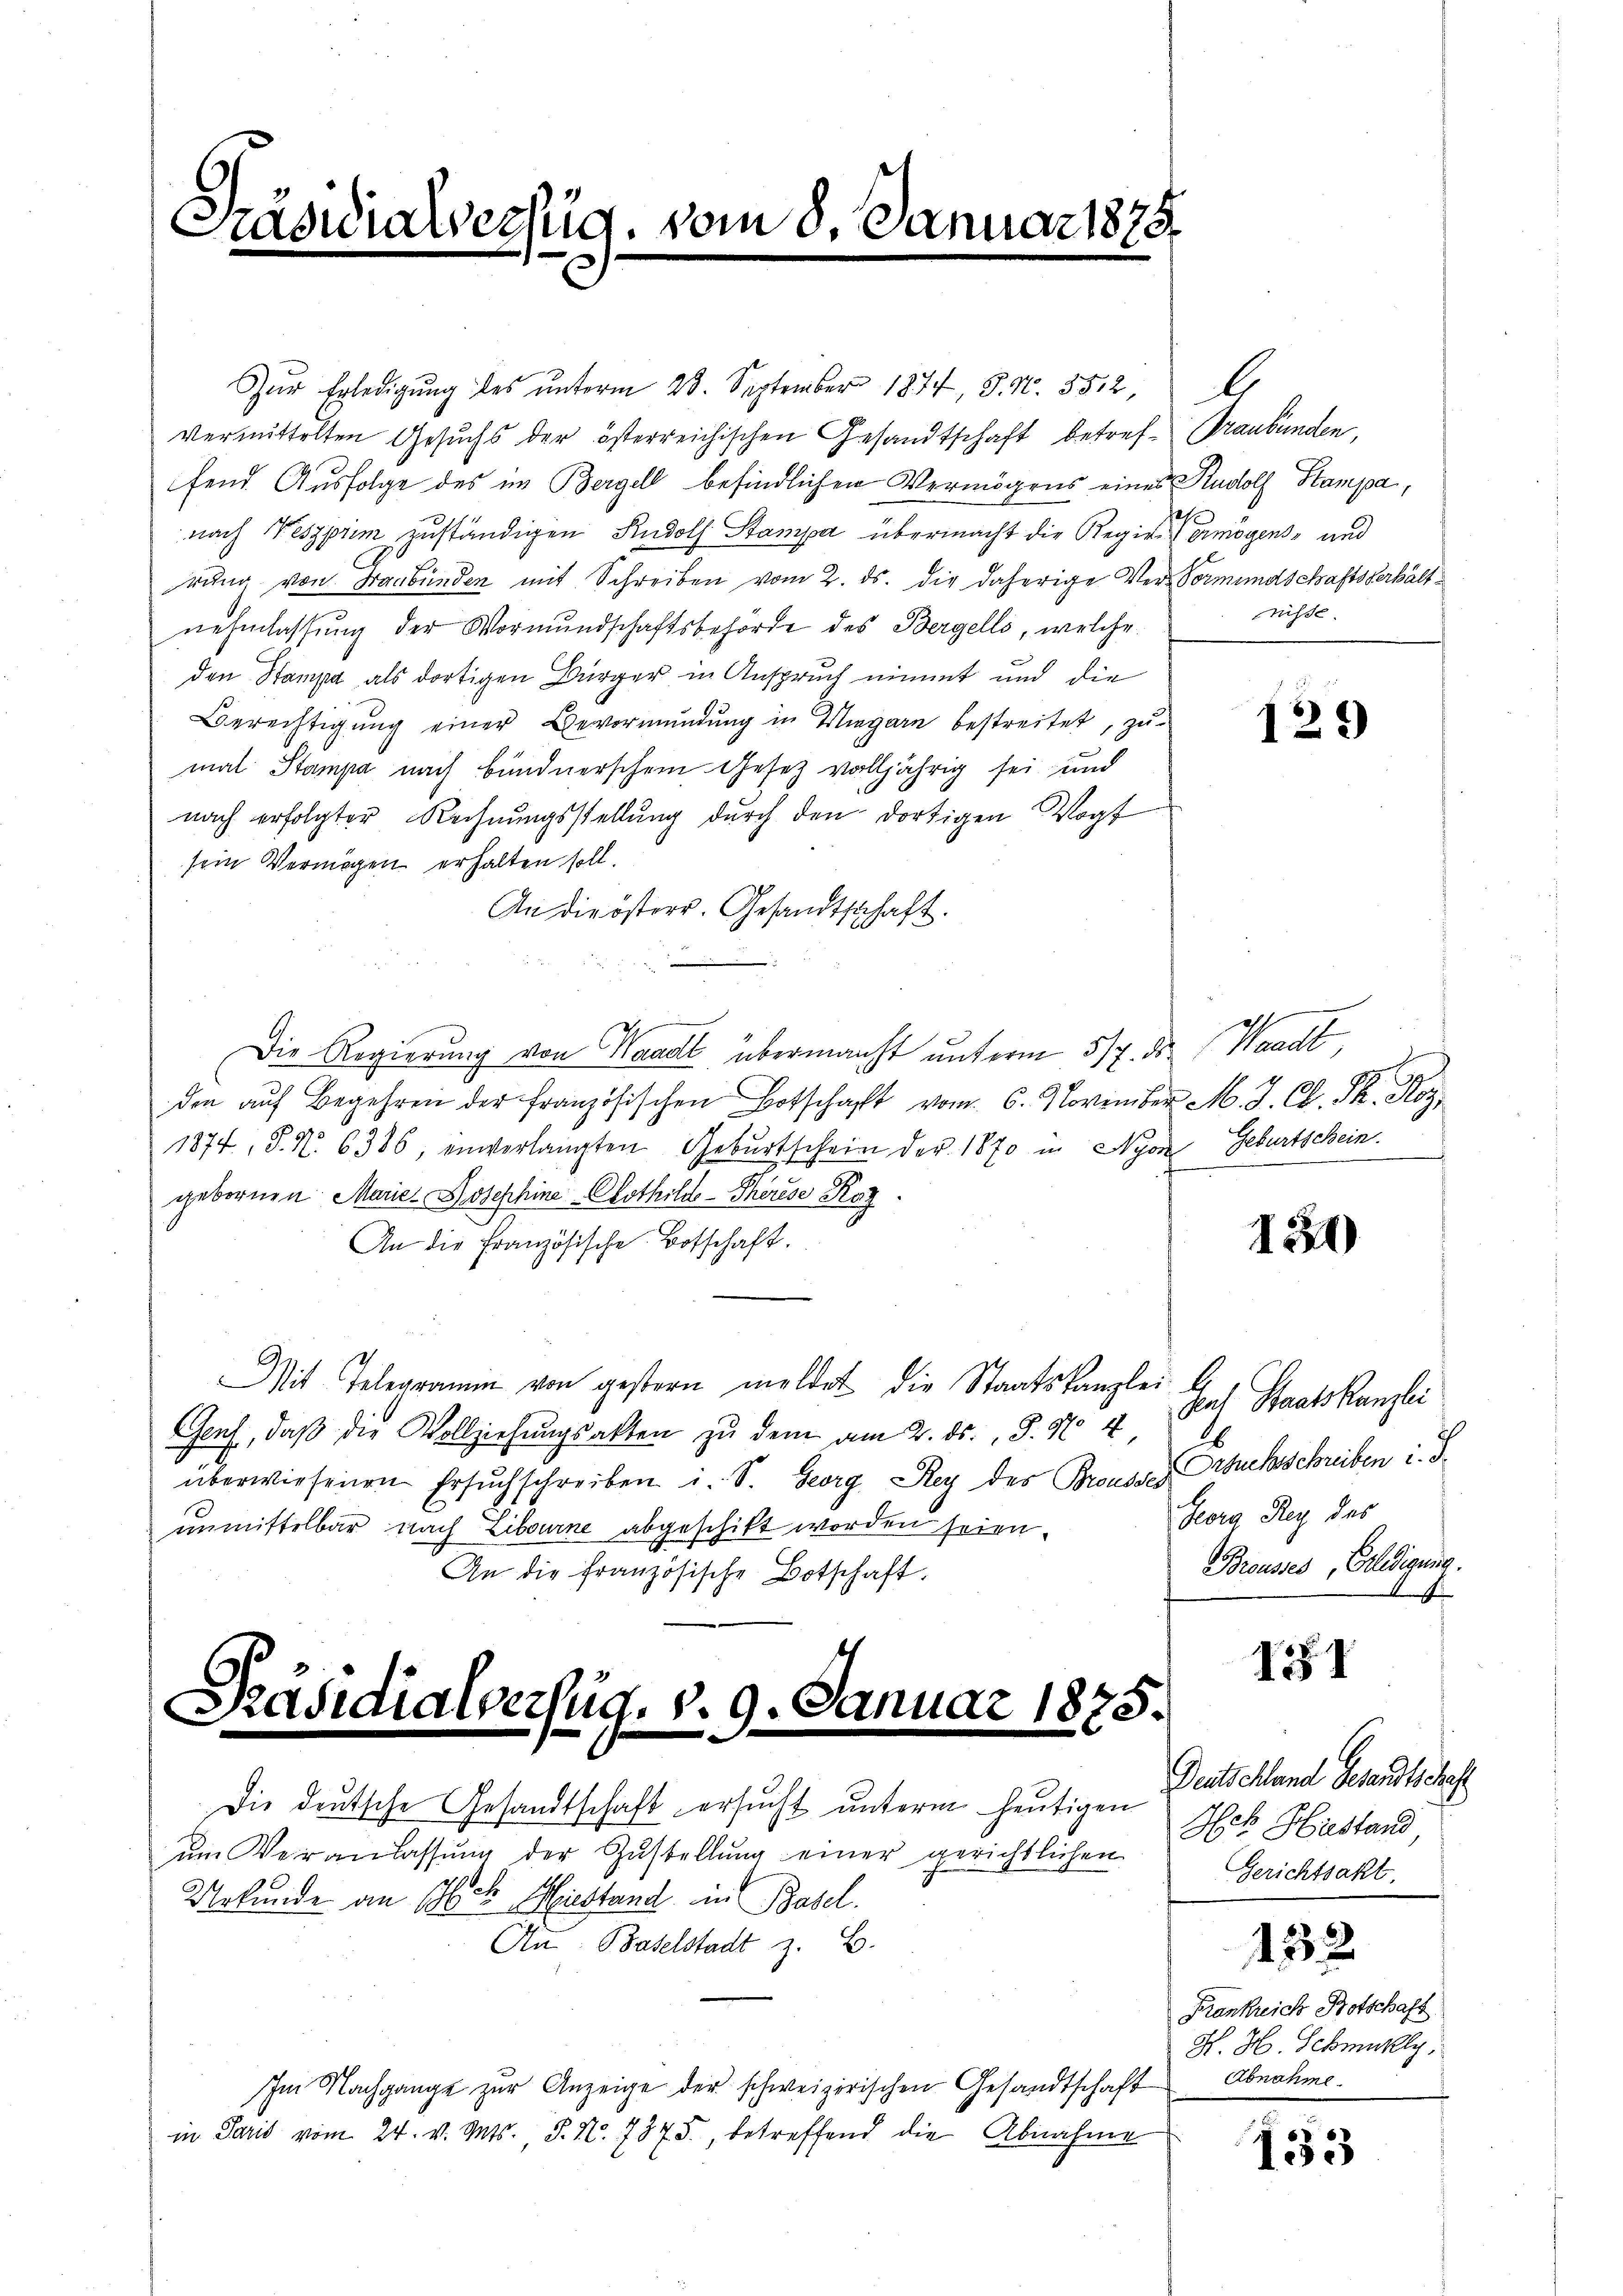
Präsidialverfüg, vom 8. Januar 1878

ŭr Erledigŭng des ŭnterm 23. September 1874, S. Nr. 352,
vermittelten Gesuchs der österreichischen Gesandtschaft betref- Graubünden,
fend Ausfolge des im Bergell befindlichen Vermögens eines Rudolf Stampa,
nach Neszpiem zuständigen Rudolf Stampa übermacht die Regieren mögens- und
rung von Graubünden mit Schreiben vom 2. ds. die daherige Ver-Vormundschaftsverhält
nehmlassung der Vormundschaftsbehörde des Bergello, welche
den Stampe als dortigen Bürger in Anspruch nimmt und die
Berechtigung einer Bevormundung in Wigarn bestreitet, zumal Stampa nach Bündnerschem Gesetz volljährig sei und
nach erfolgter Rechnungsstellung durch den dortigen Vogt
sein Vermögen erhalten soll.
An die österr. Gesandtschaft.
Die Regierung von Waadt übermacht unterm 5/7. ds. Waadt
      ..  .. ..
1874, S. Nr. 6386, einverlangten Gebŭrtschein der 1870 in Nyon Geburtschein.
gebornen Marie- Josephine-Cothchs - Therese Koz
An die Französische Botschaft.
Mit Telegramin von gestern meldet die Staatskanzlei b
Genf, daβ die Vollziehŭngsakten zŭ dem am 2. ds., S. 970 u. das Staatskanzlei
überwiesenen Ersuchschreiben i. S. Georg Rey des Brousses Ersuchsschreiben i. S.
unmittelbar nach Zibourne abgeschikt worden seien.
An die französische Botschaft.

Präsidialverfüg, d. 9. Januar 1875.
e

Die deutsche Gesandtschaft ersucht unterm heutigen
ŭm Veranlassŭng der Zŭstellŭng einer gerichtlichen
Urkunde an Sr. k. Meistand ein Basel.
An: Baselstadt z. B.
Im Nachgange zur Anzeige der schweizerischen Gesandtschaft
in Paris vom 24. v. Mts., S. N. 7875, betreffend die Abnahme

nisse.

125)

134)

Georg Rey des
Brousses Erledigung.

II

Deutschland Gesandtschaft
Heb Hustand
Gerichtsakt,

132

Frankreich Botschaft
H. H. Schmukly,
Abnahme

133